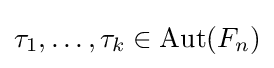
\tau _{1},\dots ,\tau _{k}\in \operatorname {Aut} (F_{n})